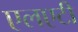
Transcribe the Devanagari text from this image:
एलएटी